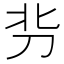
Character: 𰄣